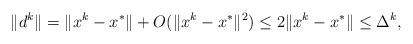
LaTeX: \begin{align*}\| d^k \| = \| x^k-x^*\| + O(\|x^k-x^*\|^2) \le 2 \|x^k-x^* \| \le \Delta^k,\end{align*}